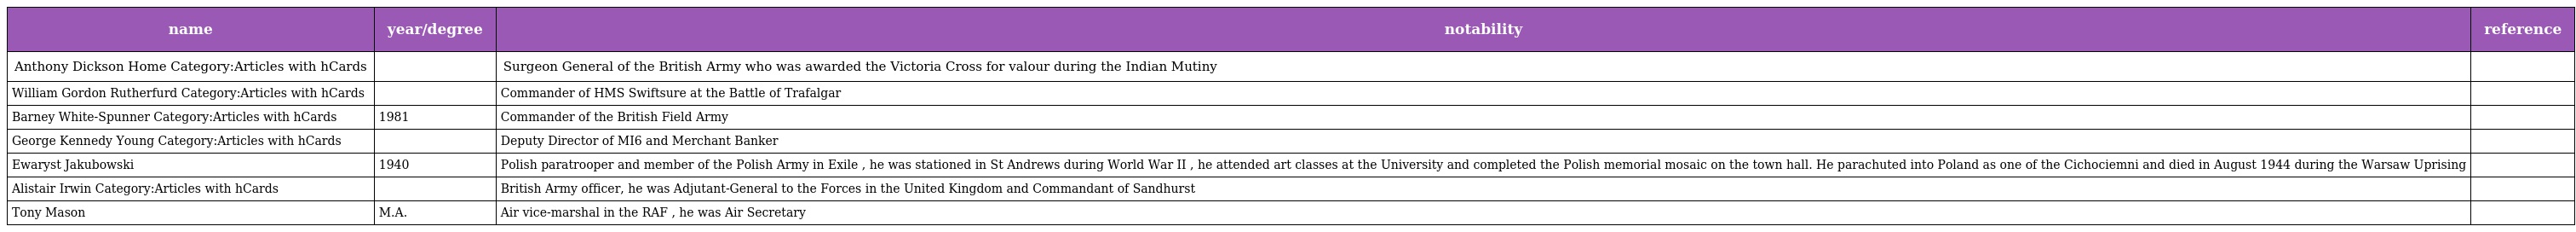
| name | year/degree | notability | reference |
 | --- | --- | --- | --- |
 | Anthony Dickson Home Category:Articles with hCards |  | Surgeon General of the British Army who was awarded the Victoria Cross for valour during the Indian Mutiny |  |
 | William Gordon Rutherfurd Category:Articles with hCards |  | Commander of HMS Swiftsure at the Battle of Trafalgar |  |
 | Barney White-Spunner Category:Articles with hCards | 1981 | Commander of the British Field Army |  |
 | George Kennedy Young Category:Articles with hCards |  | Deputy Director of MI6 and Merchant Banker |  |
 | Ewaryst Jakubowski | 1940 | Polish paratrooper and member of the Polish Army in Exile , he was stationed in St Andrews during World War II , he attended art classes at the University and completed the Polish memorial mosaic on the town hall. He parachuted into Poland as one of the Cichociemni and died in August 1944 during the Warsaw Uprising |  |
 | Alistair Irwin Category:Articles with hCards |  | British Army officer, he was Adjutant-General to the Forces in the United Kingdom and Commandant of Sandhurst |  |
 | Tony Mason | M.A. | Air vice-marshal in the RAF , he was Air Secretary |  |